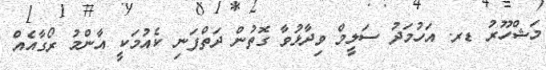
މަޝްހޫރު ޑރ. އަހުމަދު ސަލީމް ވިދާޅުވާ ގޮތުން ދަތްފަނި ކެއުމަކީ އާންމު ރޯގާއެއް